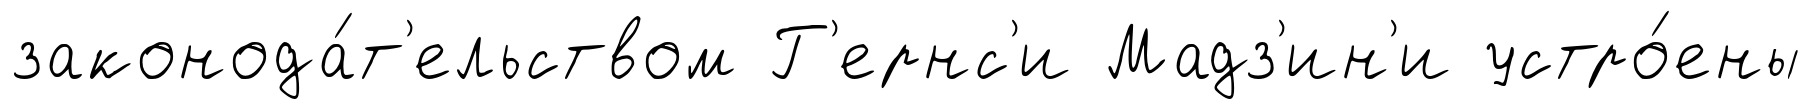
законода́т'ельством Г'ернс'и Мадз'ин'и устро́ены